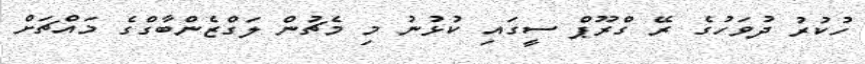
ހުކުރު ދުވަހުގެ ރޭ ގްރޫޕް ސީގައި ކުޅުނު މި މެޗުން ލަގްޒެންބާގްގެ މައްޗަށް